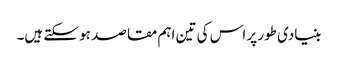
بنیادی طور پر اس کی تین اہم مقاصد ہو سکتے ہیں۔